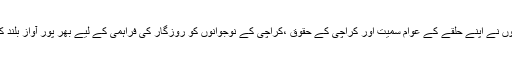
انہوں نے اپنے حلقے کے عوام سمیت اور کراچی کے حقوق ،کراچی کے نوجوانوں کو روزگار کی فراہمی کے لیے بھر پور آواز بلند کی۔